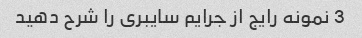
3 نمونه رایج از جرایم سایبری را شرح دهید